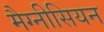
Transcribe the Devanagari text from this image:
मैग्नीसियन